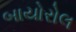
બાયોરોલ